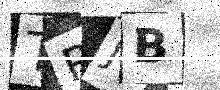
Text: TRJB